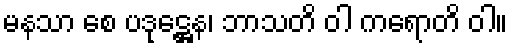
မနသာ စေ ပဒုဋ္ဌေန၊ ဘာသတိ ဝါ ကရောတိ ဝါ။